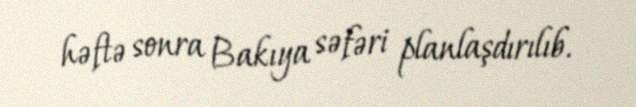
həftə sonra Bakıya səfəri planlaşdırılıb.